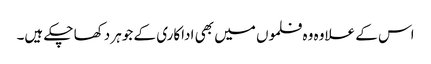
اس کے علاوہ وہ فلموں میں بھی اداکاری کے جوہر دکھا چکے ہیں۔